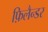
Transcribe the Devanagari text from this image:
फ़िलैन्डर